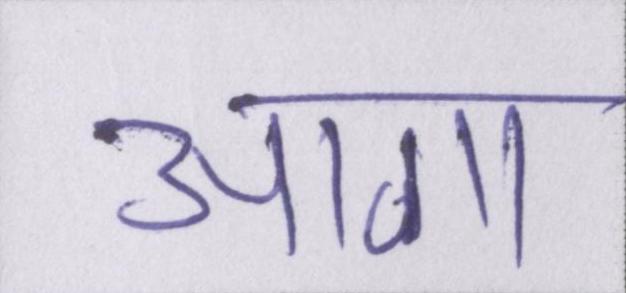
आगा